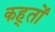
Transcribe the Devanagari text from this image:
कह्तों